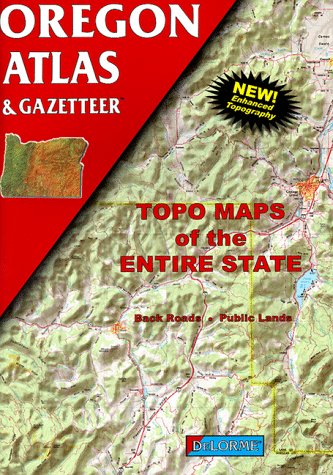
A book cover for Oregon Atlas and Gazetteer (Oregon Atlas & Gazetteer); Travel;